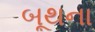
બૂથના